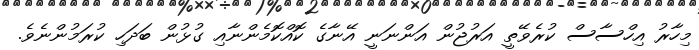
މިހާރު އިހްސާސް ކުރެވޭތީ އަރުޖުން އަންނަނީ އޭނާގެ ކޮއްކޮމެންނާއި ގުޅުން ބަދަހި ކުރަމުންނެވެ.